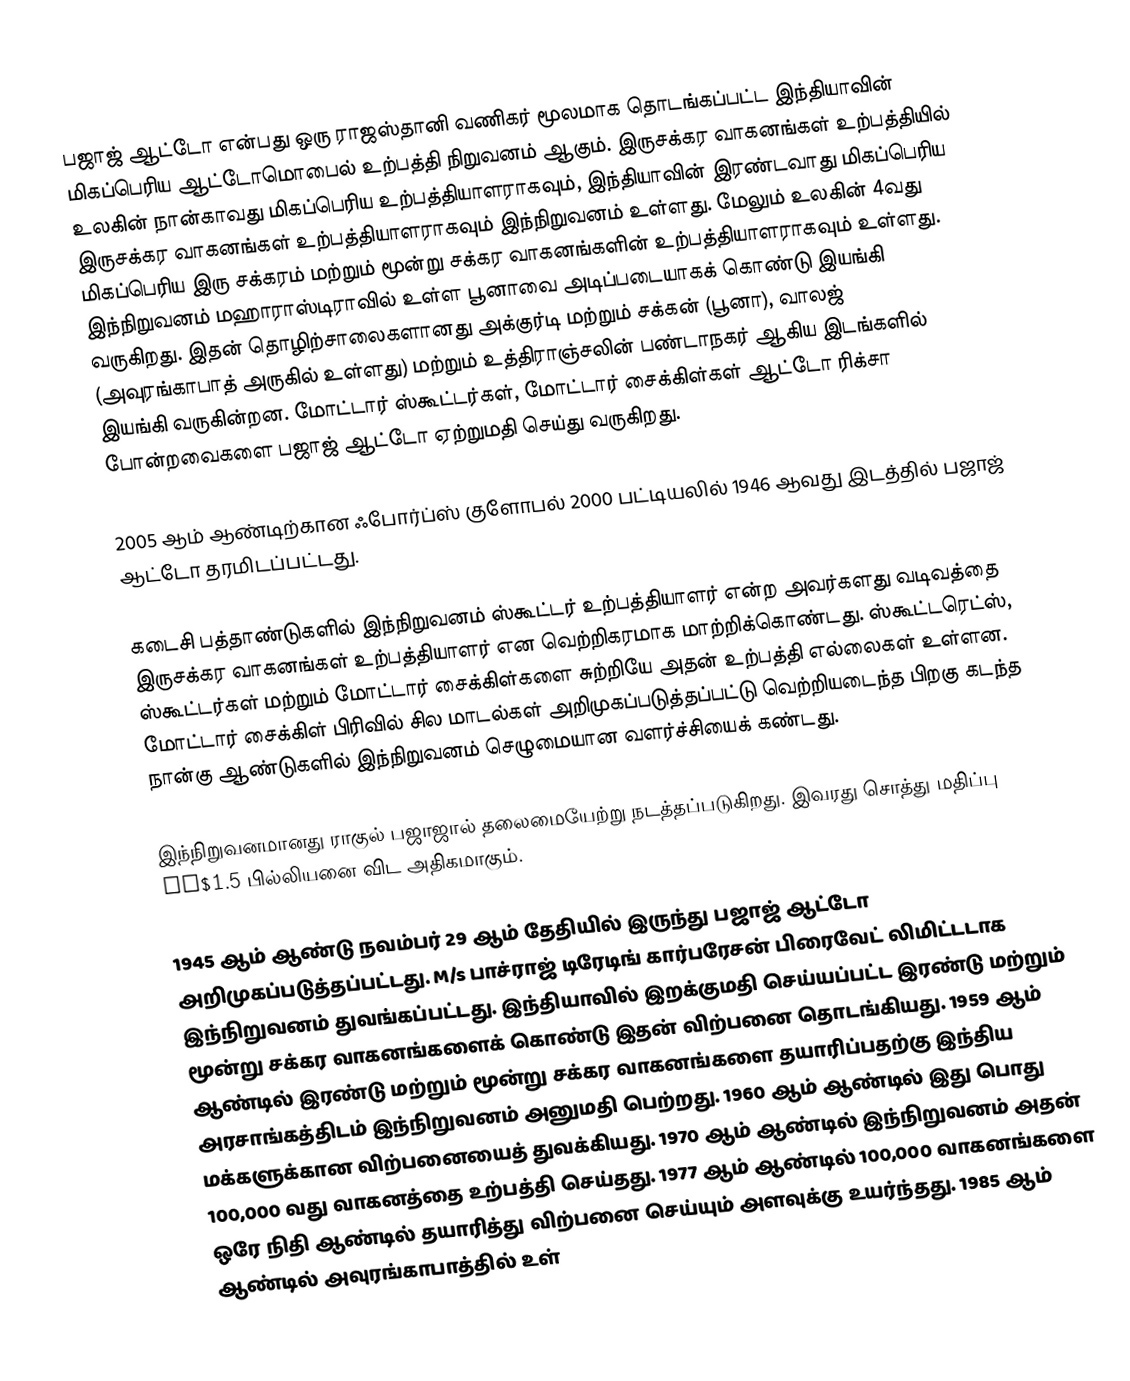
பஜாஜ் ஆட்டோ என்பது ஒரு ராஜஸ்தானி வணிகர் மூலமாக தொடங்கப்பட்ட இந்தியாவின் மிகப்பெரிய ஆட்டோமொபைல் உற்பத்தி நிறுவனம் ஆகும். இருசக்கர வாகனங்கள் உற்பத்தியில் உலகின் நான்காவது மிகப்பெரிய உற்பத்தியாளராகவும், இந்தியாவின் இரண்டவாது மிகப்பெரிய இருசக்கர வாகனங்கள் உற்பத்தியாளராகவும் இந்நிறுவனம் உள்ளது. மேலும் உலகின் 4வது மிகப்பெரிய இரு சக்கரம் மற்றும் மூன்று சக்கர வாகனங்களின் உற்பத்தியாளராகவும் உள்ளது. இந்நிறுவனம் மஹாராஸ்டிராவில் உள்ள பூனாவை அடிப்படையாகக் கொண்டு இயங்கி வருகிறது. இதன் தொழிற்சாலைகளானது அக்குர்டி மற்றும் சக்கன் (பூனா), வாலஜ் (அவுரங்காபாத் அருகில் உள்ளது) மற்றும் உத்திராஞ்சலின் பண்டாநகர் ஆகிய இடங்களில் இயங்கி வருகின்றன. மோட்டார் ஸ்கூட்டர்கள், மோட்டார் சைக்கிள்கள் ஆட்டோ ரிக்சா போன்றவைகளை பஜாஜ் ஆட்டோ ஏற்றுமதி செய்து வருகிறது.

2005 ஆம் ஆண்டிற்கான ஃபோர்ப்ஸ் குளோபல் 2000 பட்டியலில் 1946 ஆவது இடத்தில் பஜாஜ் ஆட்டோ தரமிடப்பட்டது.

கடைசி பத்தாண்டுகளில் இந்நிறுவனம் ஸ்கூட்டர் உற்பத்தியாளர் என்ற அவர்களது வடிவத்தை இருசக்கர வாகனங்கள் உற்பத்தியாளர் என வெற்றிகரமாக மாற்றிக்கொண்டது. ஸ்கூட்டரெட்ஸ், ஸ்கூட்டர்கள் மற்றும் மோட்டார் சைக்கிள்களை சுற்றியே அதன் உற்பத்தி எல்லைகள் உள்ளன. மோட்டார் சைக்கிள் பிரிவில் சில மாடல்கள் அறிமுகப்படுத்தப்பட்டு வெற்றியடைந்த பிறகு கடந்த நான்கு ஆண்டுகளில் இந்நிறுவனம் செழுமையான வளர்ச்சியைக் கண்டது.

இந்நிறுவனமானது ராகுல் பஜாஜால் தலைமையேற்று நடத்தப்படுகிறது. இவரது சொத்து மதிப்பு US$1.5 பில்லியனை விட அதிகமாகும்.

1945 ஆம் ஆண்டு நவம்பர் 29 ஆம் தேதியில் இருந்து பஜாஜ் ஆட்டோ அறிமுகப்படுத்தப்பட்டது. M/s பாச்ராஜ் டிரேடிங் கார்பரேசன் பிரைவேட் லிமிட்டடாக இந்நிறுவனம் துவங்கப்பட்டது. இந்தியாவில் இறக்குமதி செய்யப்பட்ட இரண்டு மற்றும் மூன்று சக்கர வாகனங்களைக் கொண்டு இதன் விற்பனை தொடங்கியது. 1959 ஆம் ஆண்டில் இரண்டு மற்றும் மூன்று சக்கர வாகனங்களை தயாரிப்பதற்கு இந்திய அரசாங்கத்திடம் இந்நிறுவனம் அனுமதி பெற்றது. 1960 ஆம் ஆண்டில் இது பொது மக்களுக்கான விற்பனையைத் துவக்கியது. 1970 ஆம் ஆண்டில் இந்நிறுவனம் அதன் 100,000 வது வாகனத்தை உற்பத்தி செய்தது. 1977 ஆம் ஆண்டில் 100,000 வாகனங்களை ஒரே நிதி ஆண்டில் தயாரித்து விற்பனை செய்யும் அளவுக்கு உயர்ந்தது. 1985 ஆம் ஆண்டில் அவுரங்காபாத்தில் உள்